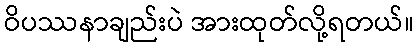
ဝိပဿနာချည်းပဲ အားထုတ်လို့ရတယ်။